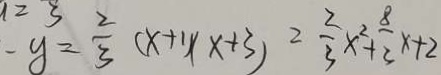
- y = \frac { 2 } { 3 } ( x + 1 ) ( x + 3 ) = \frac { 2 } { 3 } x ^ { 2 } + \frac { 8 } { 3 } x + 2